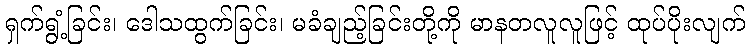
ရှက်ရွံ့ခြင်း၊ ဒေါသထွက်ခြင်း၊ မခံချည့်ခြင်းတို့ကို မာနတလူလူဖြင့် ထုပ်ပိုးလျက်